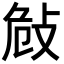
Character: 𢼨